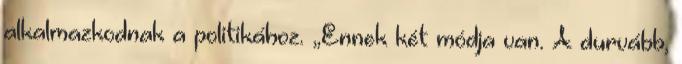
alkalmazkodnak a politikához. „Ennek két módja van. A durvább,